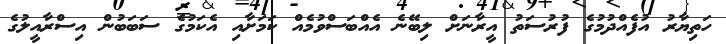
ހަތިޔާރު އުފެއްދުމުގެ ފުރުސަތު އީރާނަށް ލިބޭނެ އެއްބަސްވުމެއް ކަމަށާއި އެކަމުގެ ސަބަބުން އިސްރާއީލުގެ